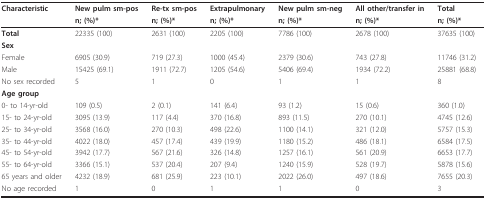
<table><thead><tr><td><b>Characteristic</b></td><td><b>New pulm sm-pos</b></td><td><b>Re-tx sm-pos</b></td><td><b>Extrapulmonary</b></td><td><b>New pulm sm-neg</b></td><td><b>All other/transfer in</b></td><td><b>Total</b></td></tr><tr><td></td><td><b>n; (%)*</b></td><td><b>n; (%)*</b></td><td><b>n; (%)*</b></td><td><b>n; (%)*</b></td><td><b>n; (%)*</b></td><td><b>n; (%)*</b></td></tr></thead><tbody><tr><td><b>Total</b></td><td>22335 (100)</td><td>2631 (100)</td><td>2205 (100)</td><td>7786 (100)</td><td>2678 (100)</td><td>37635 (100)</td></tr><tr><td><b>Sex</b></td><td></td><td></td><td></td><td></td><td></td><td></td></tr><tr><td>Female</td><td>6905 (30.9)</td><td>719 (27.3)</td><td>1000 (45.4)</td><td>2379 (30.6)</td><td>743 (27.8)</td><td>11746 (31.2)</td></tr><tr><td>Male</td><td>15425 (69.1)</td><td>1911 (72.7)</td><td>1205 (54.6)</td><td>5406 (69.4)</td><td>1934 (72.2)</td><td>25881 (68.8)</td></tr><tr><td>No sex recorded</td><td>5</td><td>1</td><td>0</td><td>1</td><td>1</td><td>8</td></tr><tr><td><b>Age group</b></td><td></td><td></td><td></td><td></td><td></td><td></td></tr><tr><td>0- to 14-yr-old</td><td>109 (0.5)</td><td>2 (0.1)</td><td>141 (6.4)</td><td>93 (1.2)</td><td>15 (0.6)</td><td>360 (1.0)</td></tr><tr><td>15- to 24-yr-old</td><td>3095 (13.9)</td><td>117 (4.4)</td><td>370 (16.8)</td><td>893 (11.5)</td><td>270 (10.1)</td><td>4745 (12.6)</td></tr><tr><td>25- to 34-yr-old</td><td>3568 (16.0)</td><td>270 (10.3)</td><td>498 (22.6)</td><td>1100 (14.1)</td><td>321 (12.0)</td><td>5757 (15.3)</td></tr><tr><td>35- to 44-yr-old</td><td>4022 (18.0)</td><td>457 (17.4)</td><td>439 (19.9)</td><td>1180 (15.2)</td><td>486 (18.1)</td><td>6584 (17.5)</td></tr><tr><td>45- to 54-yr-old</td><td>3942 (17.7)</td><td>567 (21.6)</td><td>326 (14.8)</td><td>1257 (16.1)</td><td>561 (20.9)</td><td>6653 (17.7)</td></tr><tr><td>55- to 64-yr-old</td><td>3366 (15.1)</td><td>537 (20.4)</td><td>207 (9.4)</td><td>1240 (15.9)</td><td>528 (19.7)</td><td>5878 (15.6)</td></tr><tr><td>65 years and older</td><td>4232 (18.9)</td><td>681 (25.9)</td><td>223 (10.1)</td><td>2022 (26.0)</td><td>497 (18.6)</td><td>7655 (20.3)</td></tr><tr><td>No age recorded</td><td>1</td><td>0</td><td>1</td><td>1</td><td>0</td><td>3</td></tr></tbody></table>